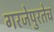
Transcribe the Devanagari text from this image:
गरजेपुरतेच